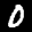
Label: 0